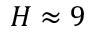
H \approx 9